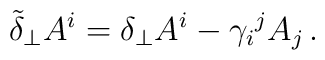
\tilde\delta_{\perp} A^i = \delta_\perp A^i - \gamma_i{}^j A_j\,.